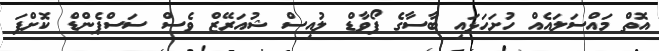
އޮތް މައްސަލައެއް ހުށަހަޅައި ބާސާގެ ފޯވާޑް ލުއިސް ޝުއަރޭޒް ވެސް ސަސްޕެންޑް ކޮށްފަ